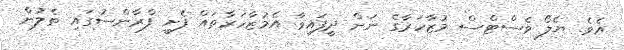
އެވެ. ޔެލޯ ވެސްޓްސް މުޒާހަރާގެ ނަން ދީފައިވާ އެމުޒާހަރާތައް ފެށީ ފްރާންސުގައި ތެލުން